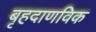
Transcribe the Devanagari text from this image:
बृहदाणविक